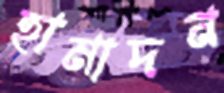
হামাদন